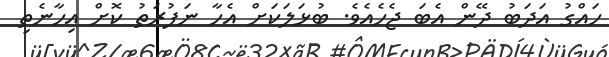
ހައްގު އަދަބު ދޭން އެބަ ޖެހެއެވެ. ބުޅަލަކަށް އެހާ ނަފުރަތު ކޮށް އިހާނެތި